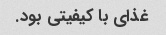
غذای با کیفیتی بود.